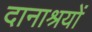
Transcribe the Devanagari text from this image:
दानाश्रयों